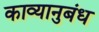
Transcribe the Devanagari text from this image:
काव्यानुबंध